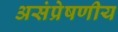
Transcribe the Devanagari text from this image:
असंप्रेषणीय